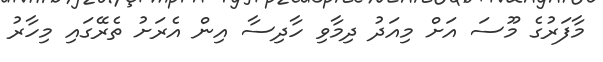
މާފަރުގެ މޫސަ އަށް މިއަދު ދިމާވި ހާދިސާ އިން އެރަށު ތެރޭގައި މިހާރު